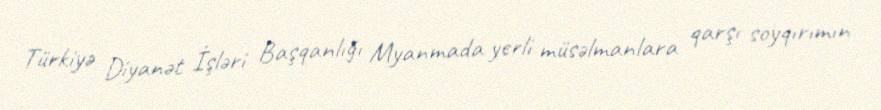
Türkiyə Diyanət İşləri Başqanlığı Myanmada yerli müsəlmanlara qarşı soyqırımın